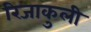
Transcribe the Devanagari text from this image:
रिजाकुली